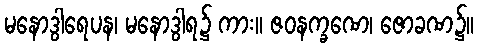
မနောဒွါရေပန၊ မနောဒွါရ၌ ကား။ ဇဝနက္ခဏေ၊ ဇောခဏ၌။